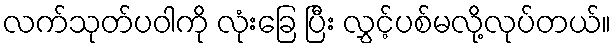
လက်သုတ်ပဝါကို လုံးခြေ ပြီး လွှင့်ပစ်မလို့လုပ်တယ်။